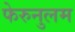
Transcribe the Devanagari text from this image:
फेरुनुलम